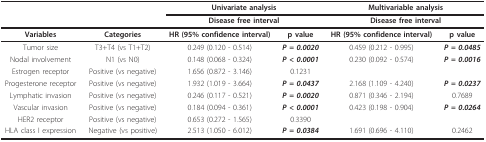
<table><thead><tr><td></td><td></td><td colspan="2"><b>Univariate analysis</b></td><td colspan="2"><b>Multivariable analysis</b></td></tr><tr><td></td><td></td><td colspan="2"><b>Disease free interval</b></td><td colspan="2"><b>Disease free interval</b></td></tr></thead><tbody><tr><td><b>Variables</b></td><td><b>Categories</b></td><td><b>HR (95% confidence interval)</b></td><td><b>p value</b></td><td><b>HR (95% confidence interval)</b></td><td><b>p value</b></td></tr><tr><td>Tumor size</td><td>T3+T4 (vs T1+T2)</td><td>0.249 (0.120 - 0.514)</td><td><b><i>P = 0.0020</i></b></td><td>0.459 (0.212 - 0.995)</td><td><b><i>P = 0.0485</i></b></td></tr><tr><td>Nodal involvement</td><td>N1 (vs N0)</td><td>0.148 (0.068 - 0.324)</td><td><b><i>P &lt; 0.0001</i></b></td><td>0.230 (0.092 - 0.574)</td><td><b><i>P = 0.0016</i></b></td></tr><tr><td>Estrogen receptor</td><td>Positive (vs negative)</td><td>1.656 (0.872 - 3.146)</td><td>0.1231</td><td></td><td></td></tr><tr><td>Progesterone receptor</td><td>Positive (vs negative)</td><td>1.932 (1.019 - 3.664)</td><td><b><i>P = 0.0437</i></b></td><td>2.168 (1.109 - 4.240)</td><td><b><i>P = 0.0237</i></b></td></tr><tr><td>Lymphatic invasion</td><td>Positive (vs negative)</td><td>0.246 (0.117 - 0.521)</td><td><b><i>P = 0.0020</i></b></td><td>0.871 (0.346 - 2.194)</td><td>0.7689</td></tr><tr><td>Vascular invasion</td><td>Positive (vs negative)</td><td>0.184 (0.094 - 0.361)</td><td><b><i>P &lt; 0.0001</i></b></td><td>0.423 (0.198 - 0.904)</td><td><b><i>P = 0.0264</i></b></td></tr><tr><td>HER2 receptor</td><td>Positive (vs negative)</td><td>0.653 (0.272 - 1.565)</td><td>0.3390</td><td></td><td></td></tr><tr><td>HLA class I expression</td><td>Negative (vs positive)</td><td>2.513 (1.050 - 6.012)</td><td><b><i>P = 0.0384</i></b></td><td>1.691 (0.696 - 4.110)</td><td>0.2462</td></tr></tbody></table>